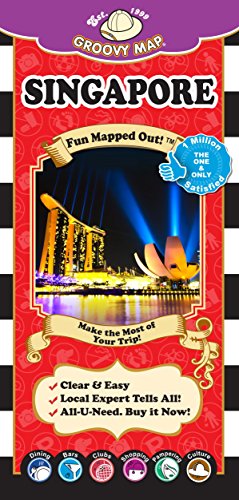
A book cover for Groovy Map & Guide SINGAPORE 2015-16; Aaron Frankel; Travel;